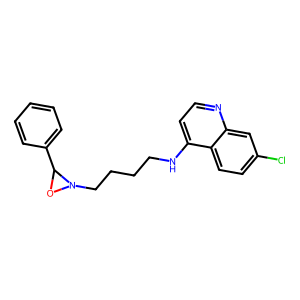
SMILES: Clc1ccc2c(NCCCCN3OC3c3ccccc3)ccnc2c1
Inhibits HIV replication: No